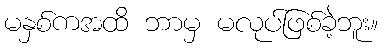
မနှစ်ကအထိ ဘာမှ မလုပ်ဖြစ်ခဲ့ဘူး။